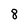
Character: 8